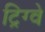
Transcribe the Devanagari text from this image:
ट्रिग्वे